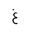
Letter: _gayn